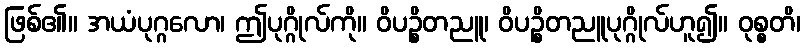
ဖြစ်၏။ အယံပုဂ္ဂလော၊ ဤပုဂ္ဂိုလ်ကို။ ဝိပဉ္စိတညူ၊ ဝိပဉ္စိတညူပုဂ္ဂိုလ်ဟူ၍။ ဝုစ္စတိ၊